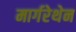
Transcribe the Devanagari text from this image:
मार्गरेथेन